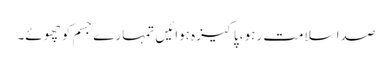
صدا سلامت رہو ،پاکیزہ ہوائیں تمہارے جسم کو چھوئے۔